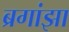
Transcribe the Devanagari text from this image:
ब्रगांझा